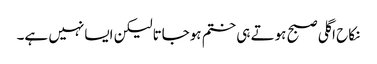
نکاح اگلی صبح ہوتے ہی ختم ہوجاتالیکن ایسانہیں ہے۔